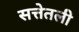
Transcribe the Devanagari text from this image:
सत्तेतली